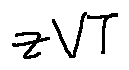
z V T